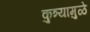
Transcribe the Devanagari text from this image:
कुत्र्यामुळे